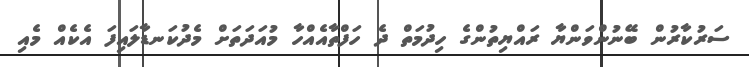
ސަރުކާރުން ބޭނުންވަންޔާ ރައްޔިތުންގެ ހިދުމަތް ދެ ހަފްތާއެއްހާ މުއަދަތަށް މެދުކަނޑާލައިފަ އެކެއް މެއި